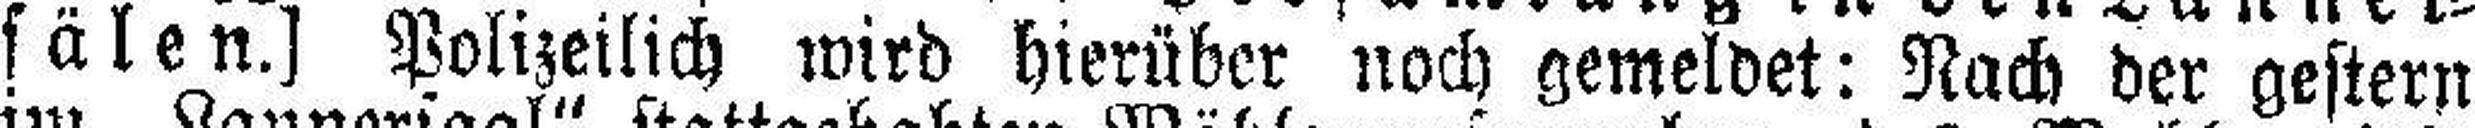
sälen.] Polizeilich wird hierüber noch gemeldet: Nach der gestern